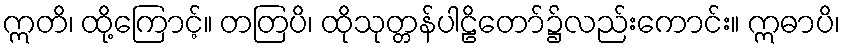
ဣတိ၊ ထို့ကြောင့်။ တတြပိ၊ ထိုသုတ္တန်ပါဠိတော်၌လည်းကောင်း။ ဣဓာပိ၊